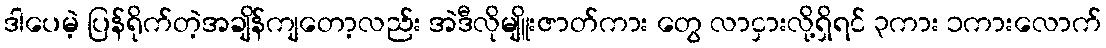
ဒါပေမဲ့ ပြန်ရိုက်တဲ့အချိန်ကျတော့လည်း အဲဒီလိုမျိူးဇာတ်ကား တွေ လာငှားလို့ရှိရင် ၃ကား ၁ကားလောက်